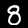
Digit: 8